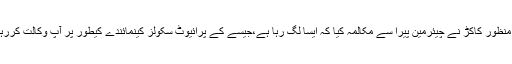
سینیٹر منظور کاکڑ نے چیئرمین پیرا سے مکالمہ کیا کہ ایسا لگ رہا ہے،جیسے کے پرائیوٹ سکولز کینمائندے کیطور پر آپ وکالت کررہے ہیں۔